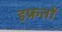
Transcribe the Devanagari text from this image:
हफ्रतों